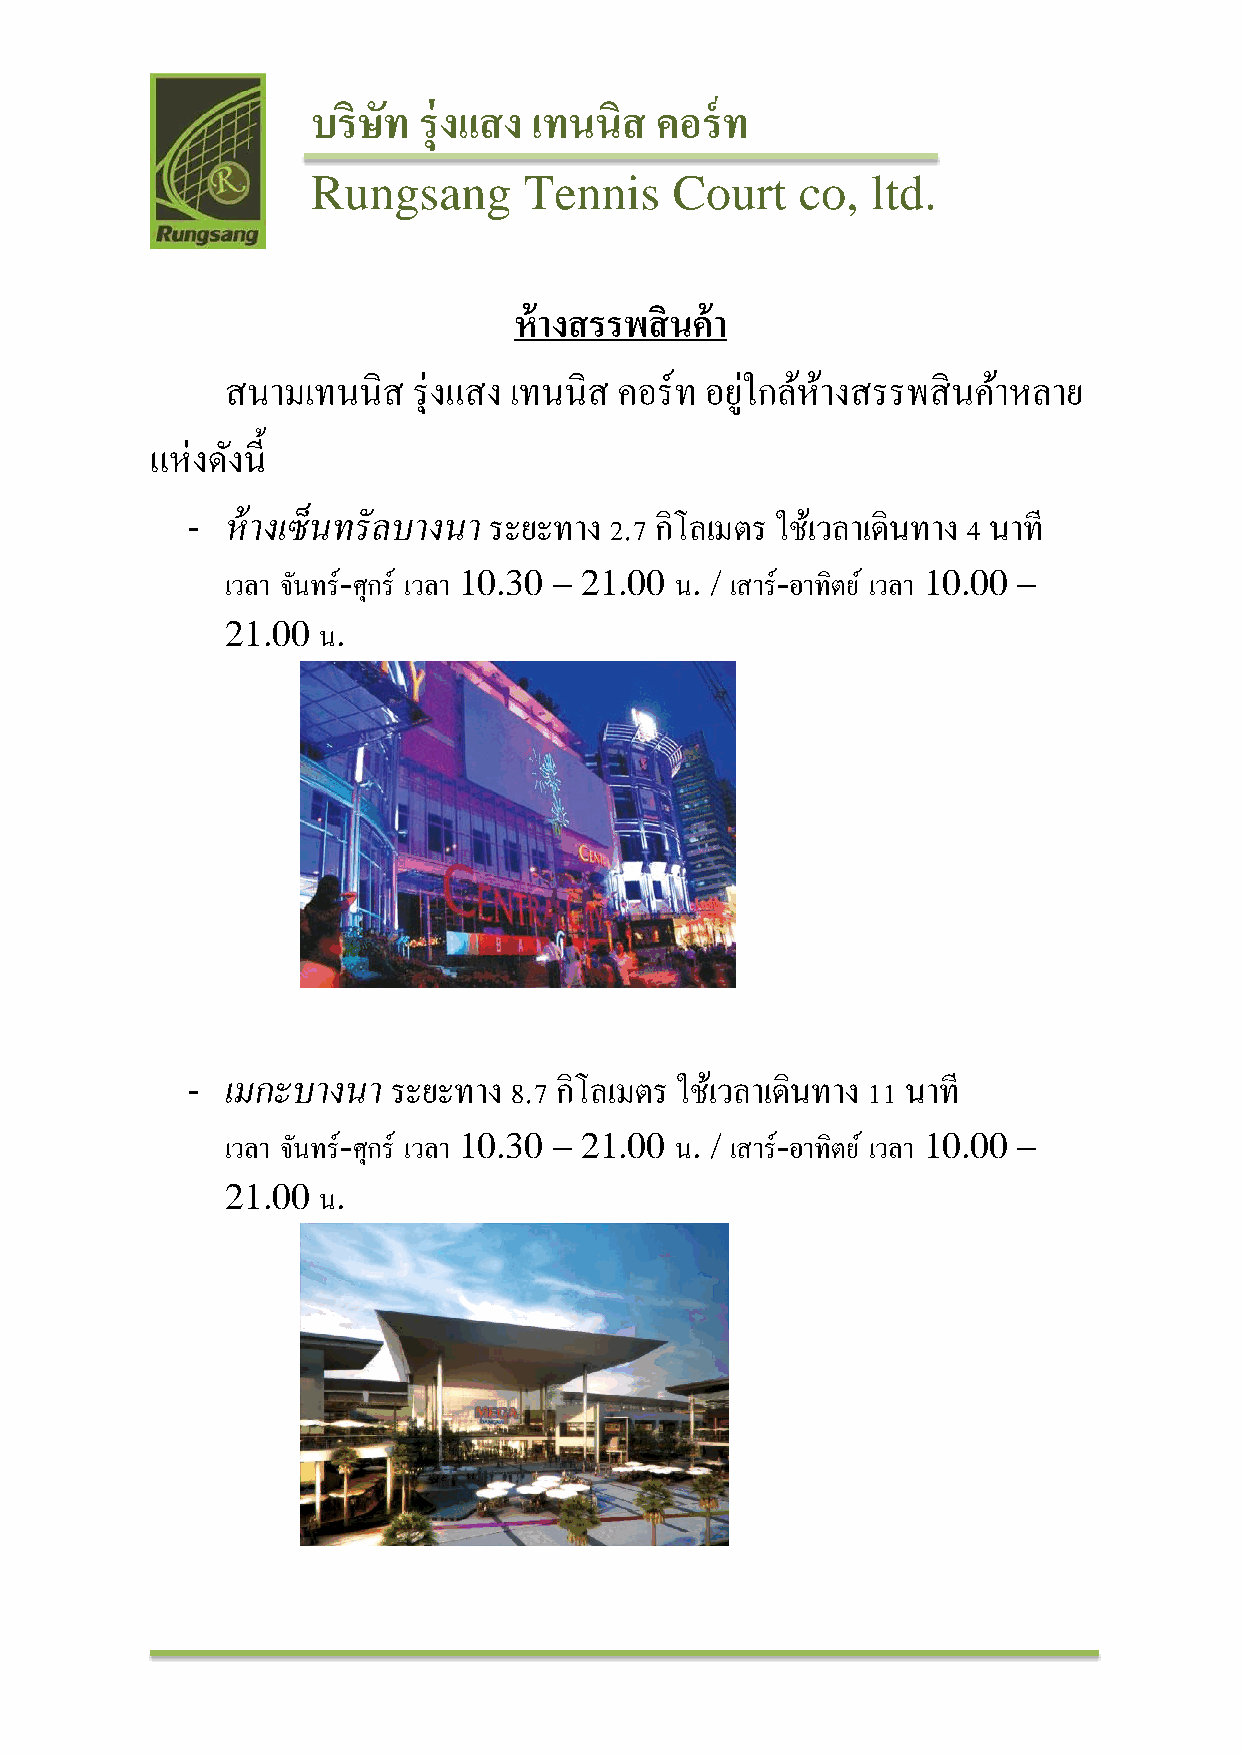
บริษัท รุ่งแสง เทนนิส คอร์ท
 Rungsang      Tennis    Court   co,  ltd.
 ห้างสรรพสินค้า
 สนามเทนนิส  รุ่งแสง เทนนิส คอร์ท อยใู่ กลห้ า้ งสรรพสินคา้ หลาย
 แห่งดงั น้ี
 -  ห้างเซ็นทรัลบางนา ระยะทาง 2.7 กิโลเมตร ใชเ้ วลาเดินทาง 4 นาที
 เวลา จนั ทร์-ศุกร์ เวลา 10.30 – 21.00 น. / เสาร์-อาทิตย ์ เวลา 10.00 –
 21.00 น.
 -  เมกะบางนา  ระยะทาง 8.7 กิโลเมตร ใชเ้ วลาเดินทาง 11 นาที
 เวลา จนั ทร์-ศุกร์ เวลา 10.30 – 21.00 น. / เสาร์-อาทิตย ์ เวลา 10.00 –
 21.00 น.